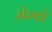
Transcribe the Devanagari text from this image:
मेम्यो